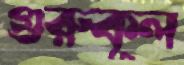
গুরুকূল